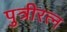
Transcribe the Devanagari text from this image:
पुत्रीरत्न